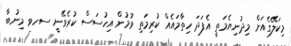
މިކަލޭގެއަށް މިދުނިޔެމަތީ އެފަދަ ހިތާމައެއް ކުރިމަތި ވުމުން އިހުސަސް ކުރެވޭނީ ސހވ މިނުބާ